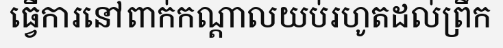
ធ្វើការនៅពាក់កណ្តាលយប់រហូតដល់ព្រឹក